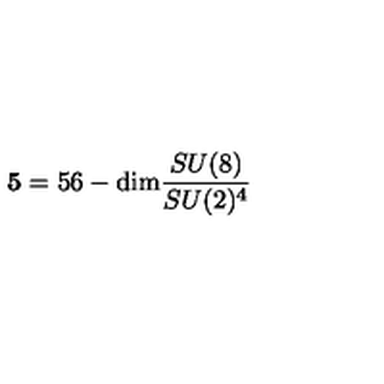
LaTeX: { \bf 5 } = 5 6 - \mathrm { d i m } \frac { S U ( 8 ) } { S U ( 2 ) ^ { 4 } }